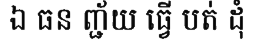
ឯ ធន ញ្ជ័យ ធ្វើ បត់ ដុំ